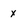
Character: x